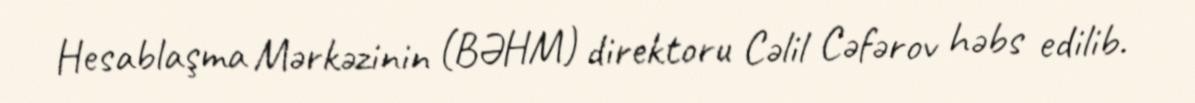
Hesablaşma Mərkəzinin (BƏHM) direktoru Cəlil Cəfərov həbs edilib.